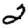
Digit: 2